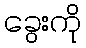
ခွေးကို